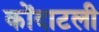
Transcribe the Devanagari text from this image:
कोंदाटली